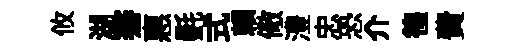
攸湖騫惠㲲式賴儆澧忠恐介徨費